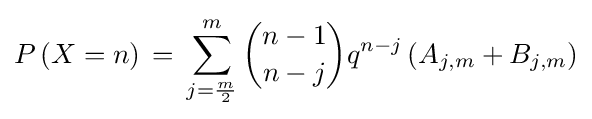
P\left(X=n\right)\,=\,\sum _{j={\frac {m}{2}}}^{m}{n-1 \choose n-j}{q}^{n-j}\left(A_{j,m}+B_{j,m}\right)